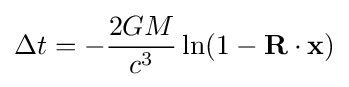
\Delta t=-{\frac {2GM}{c^{3}}}\ln(1-\mathbf {R} \cdot \mathbf {x} )